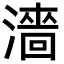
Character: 濇